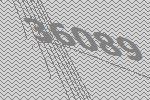
36089